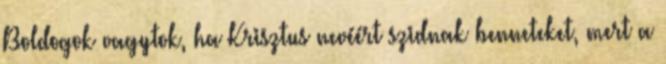
Boldogok vagytok, ha Krisztus nevéért szidnak benneteket, mert a